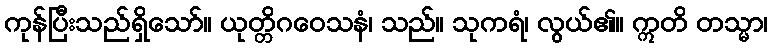
ကုန်ပြီးသည်ရှိသော်။ ယုတ္တိဂဝေသနံ၊ သည်။ သုကရံ၊ လွယ်၏။ ဣတိ တသ္မာ၊